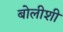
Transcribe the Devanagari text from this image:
बोलीशी